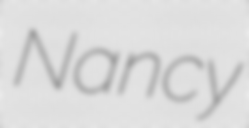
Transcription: Nancy